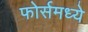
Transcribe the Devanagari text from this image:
फोर्समध्ये